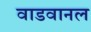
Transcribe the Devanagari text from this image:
वाडवानल